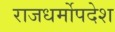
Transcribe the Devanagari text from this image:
राजधर्मोपदेश